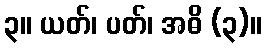
၃။ ယတ်၊ ပတ်၊ အဓိ (၃)။